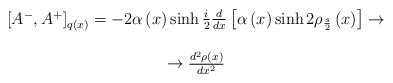
\begin{align*}\begin{array}{c}\left[ A^{-},A^{+}\right] _{q\left( x\right) }=-2\alpha \left( x\right)\sinh \frac {i}{2}\frac {d}{dx}\left[ \alpha \left( x\right) \sinh 2\rho _{\frac{s}{2}}\left( x\right) \right] \rightarrow \\\\\rightarrow \frac{d^{2}\rho \left( x\right) }{dx^{2}}\end{array}\end{align*}